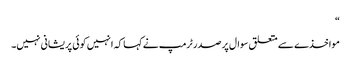
“
مواخذے سے متعلق سوال پر صدر ٹرمپ نے کہا کہ انہیں کوئی پریشانی نہیں۔